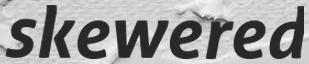
skewered